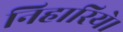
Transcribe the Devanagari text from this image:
निहारिये।